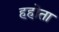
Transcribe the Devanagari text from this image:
हहोता